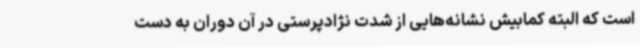
است که البته کمابیش نشانه‌هایی از شدت نژادپرستی در آن دوران به دست